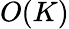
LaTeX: O(K)